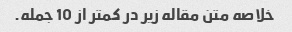
خلاصه متن مقاله زیر در کمتر از 10 جمله.